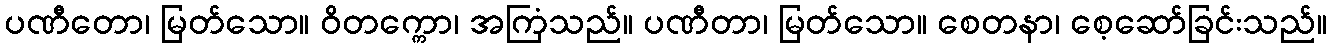
ပဏီတော၊ မြတ်သော။ ဝိတက္ကော၊ အကြံသည်။ ပဏီတာ၊ မြတ်သော။ စေတနာ၊ စေ့ဆော်ခြင်းသည်။